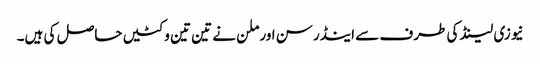
نیوزی لینڈ کی طرف سے اینڈرسن اور ملن نے تین تین وکٹیں حاصل کی ہیں۔